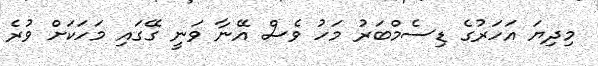
މިދިޔަ އަހަރުގެ ޑިސެމްބަރު މަހު ވެސް އޭނާ ވަނީ ގޭގައި މަހަކަށް ވުރެ